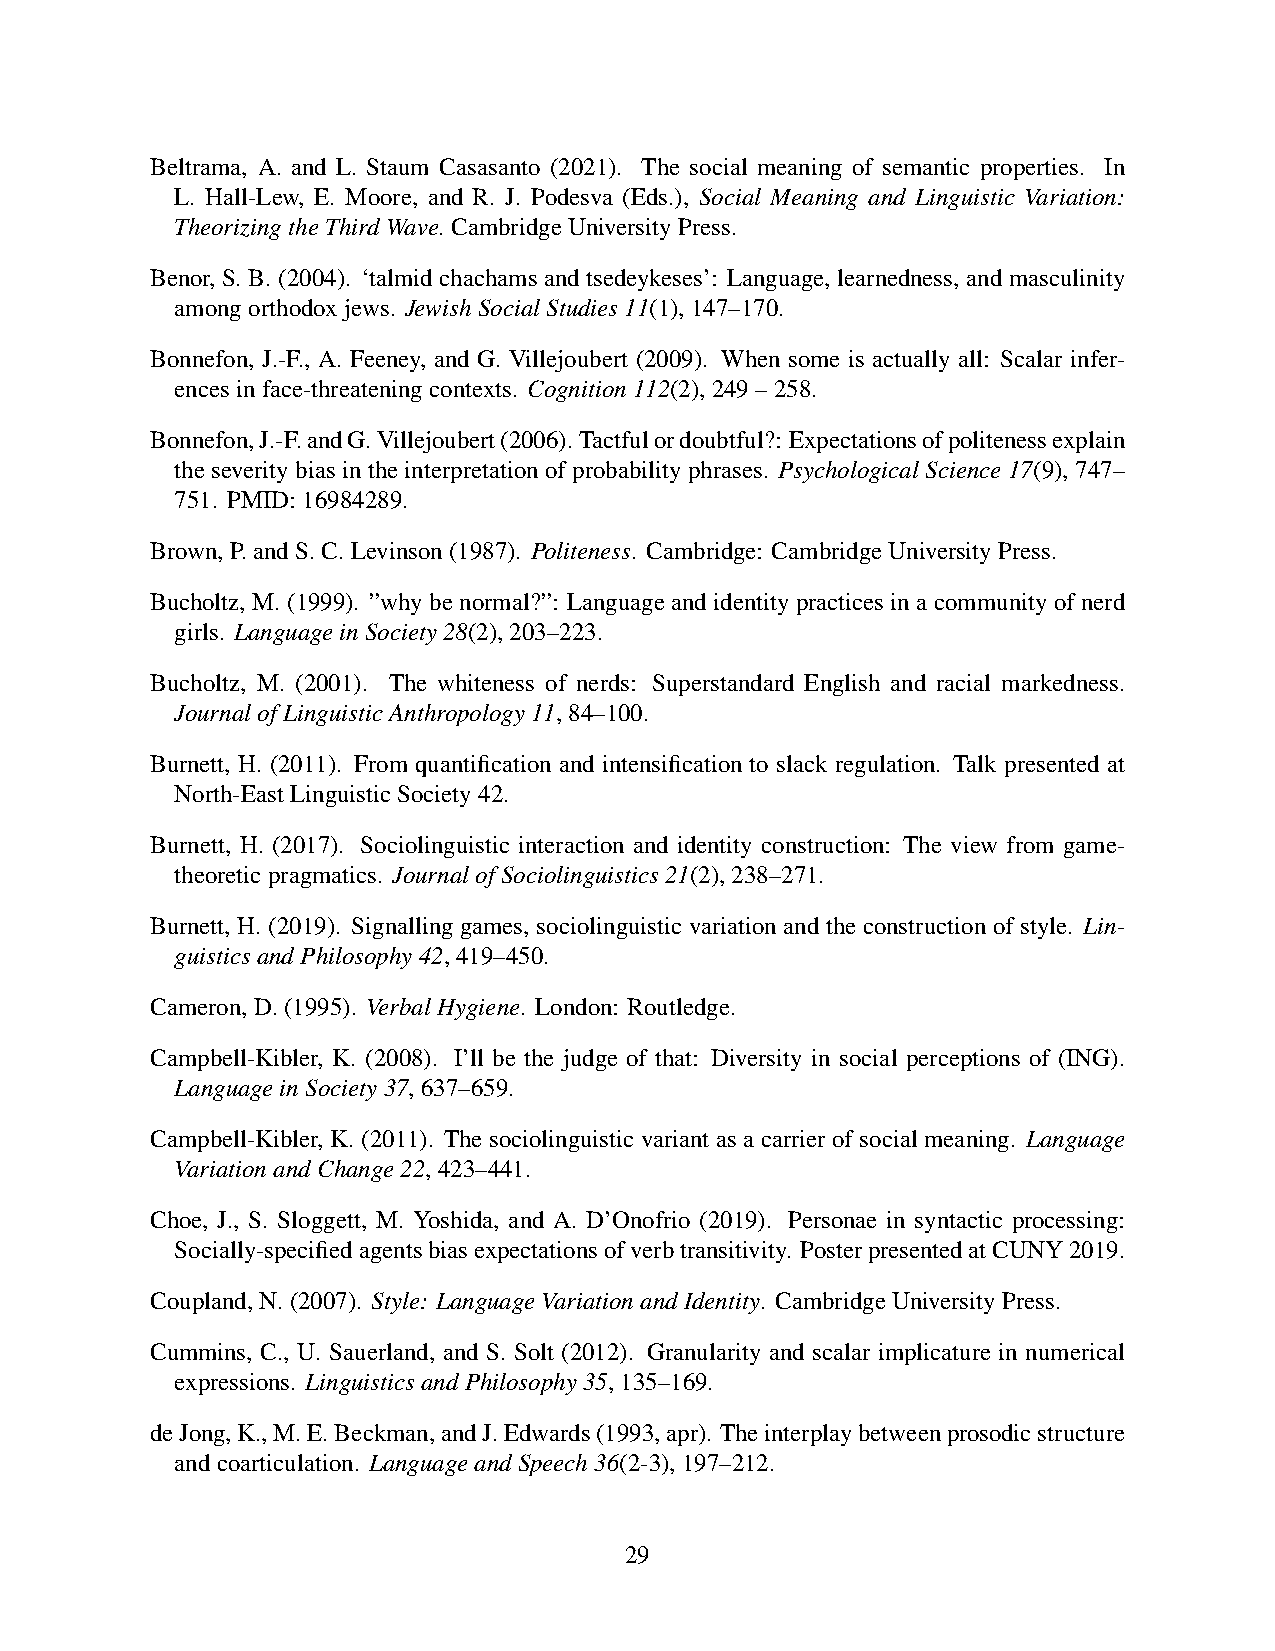
Beltrama, A. and L. Staum Casasanto (2021). The social meaning of semantic properties. In
 L. Hall-Lew, E. Moore, and R. J. Podesva (Eds.), Social Meaning and Linguistic Variation:
 TheorizingtheThirdWave.CambridgeUniversityPress.
 Benor, S. B. (2004). ‘talmid chachams and tsedeykeses’: Language, learnedness, and masculinity
 amongorthodoxjews. JewishSocialStudies11(1),147–170.
 Bonnefon, J.-F., A. Feeney, and G. Villejoubert (2009). When some is actually all: Scalar infer-
 encesinface-threateningcontexts. Cognition112(2),249–258.
 Bonnefon,J.-F.andG.Villejoubert(2006).Tactfulordoubtful?: Expectationsofpolitenessexplain
 the severity bias in the interpretation of probability phrases. Psychological Science 17(9), 747–
 751. PMID:16984289.
 Brown,P.andS.C.Levinson(1987). Politeness. Cambridge: CambridgeUniversityPress.
 Bucholtz, M. (1999). ”why be normal?”: Language and identity practices in a community of nerd
 girls. LanguageinSociety28(2),203–223.
 Bucholtz, M. (2001). The whiteness of nerds: Superstandard English and racial markedness.
 JournalofLinguisticAnthropology11,84–100.
 Burnett, H. (2011). From quantification and intensification to slack regulation. Talk presented at
 North-EastLinguisticSociety42.
 Burnett, H. (2017). Sociolinguistic interaction and identity construction: The view from game-
 theoreticpragmatics. JournalofSociolinguistics21(2),238–271.
 Burnett, H. (2019). Signalling games, sociolinguistic variation and the construction of style. Lin-
 guisticsandPhilosophy42,419–450.
 Cameron,D.(1995). VerbalHygiene. London: Routledge.
 Campbell-Kibler, K. (2008). I’ll be the judge of that: Diversity in social perceptions of (ING).
 LanguageinSociety37,637–659.
 Campbell-Kibler, K. (2011). The sociolinguistic variant as a carrier of social meaning. Language
 VariationandChange22,423–441.
 Choe, J., S. Sloggett, M. Yoshida, and A. D’Onofrio (2019). Personae in syntactic processing:
 Socially-specifiedagentsbiasexpectationsofverbtransitivity. PosterpresentedatCUNY2019.
 Coupland,N.(2007). Style: LanguageVariationandIdentity. CambridgeUniversityPress.
 Cummins, C., U. Sauerland, and S. Solt (2012). Granularity and scalar implicature in numerical
 expressions. LinguisticsandPhilosophy35,135–169.
 deJong,K.,M.E.Beckman,andJ.Edwards(1993,apr). Theinterplaybetweenprosodicstructure
 andcoarticulation. LanguageandSpeech36(2-3),197–212.
 29